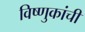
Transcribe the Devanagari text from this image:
विष्णुकांची